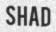
SHAD